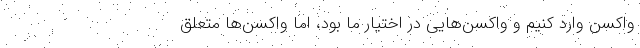
واکسن وارد کنیم و واکسن‌هایی در اختیار ما بود، اما واکسن‌ها متعلق